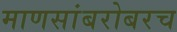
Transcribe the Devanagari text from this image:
माणसांबरोबरच